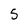
Character: 5